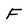
Character: F